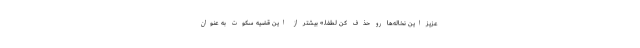
عزیز این نخاله‌ها رو حذف کن لطفا.» بیشتر از این قضیه سکوت به عنوان